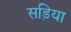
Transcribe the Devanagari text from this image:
सड़िया